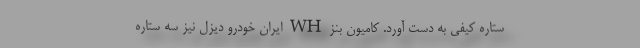
ستاره کیفی به دست آورد. کامیون بنز WH ایران خودرو دیزل نیز سه ستاره